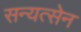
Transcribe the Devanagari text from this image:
सन्यत्सेन